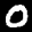
Label: 0